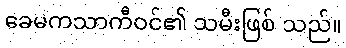
ခေမကသာကီဝင်၏ သမီးဖြစ် သည်။